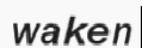
waken